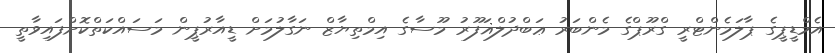
އެމްޑީޕީގެ ޕާލަމެންޓްރީ ގްރޫޕްގެ މެންބަރު ޢަބްދުލްޣަފޫރު މޫސާގެ އިމްތިޔާޒް ނަގާލުމަށް ޑީއާރުޕީން މަސައްކަތްކޮށްފައިވާތީ